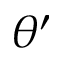
\theta ^ { \prime }